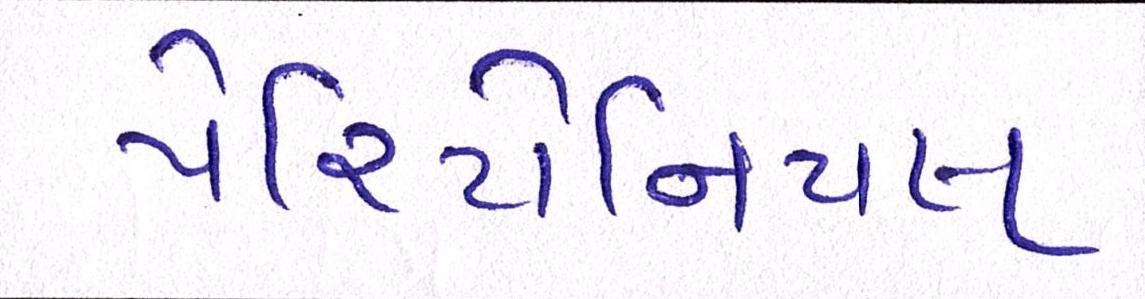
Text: પેરિટોનિયલ